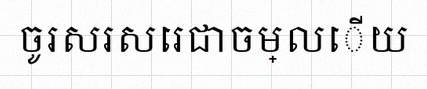
ចូរសរសេរជាចម្លើយ